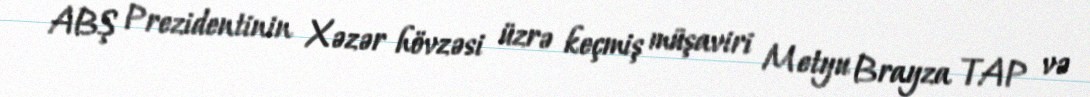
ABŞ Prezidentinin Xəzər hövzəsi üzrə keçmiş müşaviri Metyu Brayza TAP və